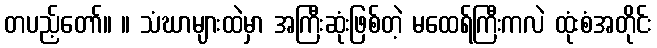
တပည့်တော်။ ။ သံဃာများထဲမှာ အကြီးဆုံးဖြစ်တဲ့ မထေရ်ကြီးကလဲ ထုံးစံအတိုင်း